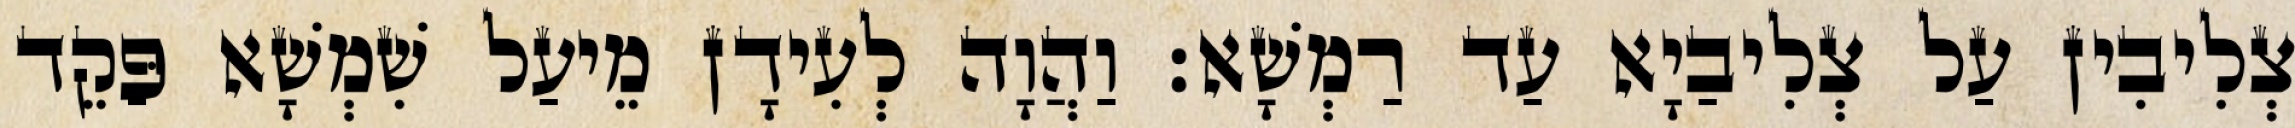
צְלִיבִין עַל צְלִיבַיָא עַד רַמְשָׁא׃ וַהֲוָה לְעִידָן מֵיעַל שִׁמְשָׁא פַּקֵד